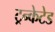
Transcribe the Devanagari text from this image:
ट्रन्केटेड